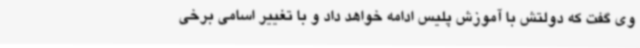
وی گفت که دولتش با آموزش پلیس ادامه خواهد داد و با تغییر اسامی برخی